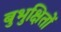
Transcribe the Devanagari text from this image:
बुभुक्षितों